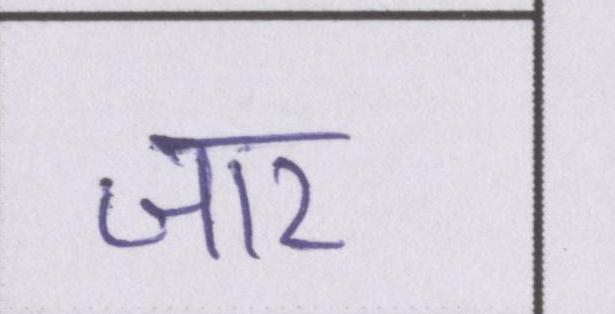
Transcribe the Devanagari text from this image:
जार